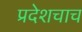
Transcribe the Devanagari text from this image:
प्रदेशचाच